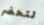
لتحضر